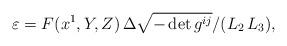
LaTeX: \begin{align*} {\varepsilon}=F(x^1,Y,Z)\,{\Delta\sqrt{-\det g^{ij}}}/{({L}_2\,{L}_3)},\end{align*}